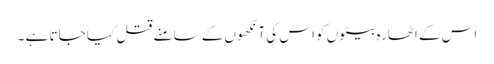
اس کے اٹھارہ بیٹوں کو اس کی آنکھوں کے سامنے قتل کیا جاتا ہے ۔